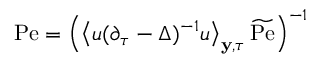
\mathrm { P e } = \left( \left\langle u ( \partial _ { \tau } - \Delta ) ^ { - 1 } u \right\rangle _ { \mathbf { y } , \tau } \widetilde { \mathrm { P e } } \right) ^ { - 1 }